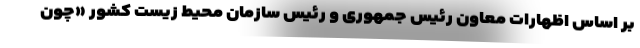
بر اساس اظهارات معاون رئیس جمهوری و رئیس سازمان محیط زیست کشور «چون